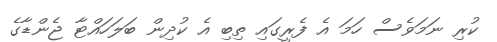
ކުރި ނަމަވެސް ހަމަ އެ ފެރީގައި ތިބި އެ ކުދިން ބަލަހައްޓާ ޖެންޑާގެ